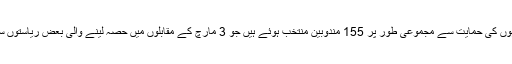
اب تک ہونے والے چار بنیادی جمہوری انتخابات اور سیاسی جماعتوں سے جڑے گروہوں کی حمایت سے مجموعی طور پر 155 مندوبین منتخب ہوئے ہیں جو 3 مارچ کے مقابلوں میں حصہ لینے والی بعض ریاستوں سے منتخب ہونے والے مندوبین کی کسی ایک ریاست کی انفرادی تعداد سے بھی کم ہیں۔